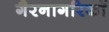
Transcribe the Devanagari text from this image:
गैरनागरिकॉ